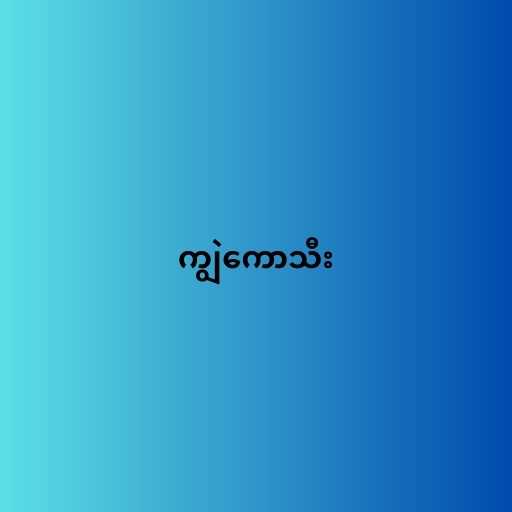
ကျွဲကောသီး